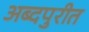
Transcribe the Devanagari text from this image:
अब्दपुरीत